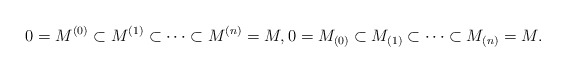
\begin{align*} 0 = M^{(0)}\subset M^{(1)} \subset \cdots \subset M^{(n)} = M,0 = M_{(0)}\subset M_{(1)} \subset \cdots \subset M_{(n)} = M.\end{align*}